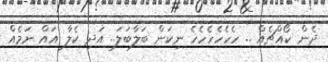
ދެން ކޯއްޗެއް .. ހެހެހެހެހެހެ ނިކަން ބަލާބަލަަ.. އަދި ކެލާ އައް ނަމެއް